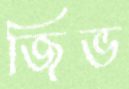
জিভ